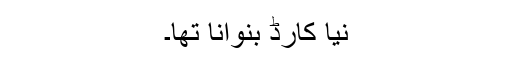
نیا کارڈ بنوانا تھا۔